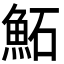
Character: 鮖